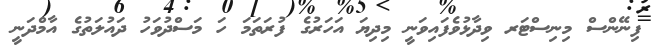
ފިނޭންސް މިނިސްޓަރ ވިދާޅުވެފައިވަނީ މިދިޔަ އަހަރުގެ ފުރަތަމަ ހަ މަސްދުވަހު ދައުލަތުގެ އާމްދަނީ